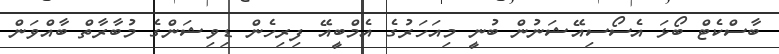
ބާސްކެޓް ބޯޅަ އެސޯސިއޭޝަނުން ބުނީ މިއަަހަރުގެ އެމްބީއޭ ފިރިހެން ޑިވިޝަންގެ މުބާރާތް ބާއްވަން